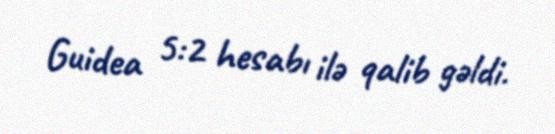
Guidea 5:2 hesabı ilə qalib gəldi.